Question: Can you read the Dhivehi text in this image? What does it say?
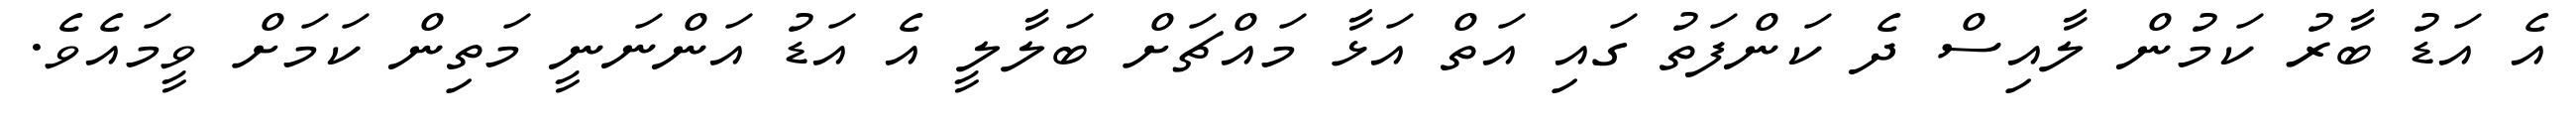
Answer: އެ އަޑު ބާރު ކަމުން ލާއިސް ދެ ކަންފަތު ގައި އަތް އަޅާ މައްޗަށް ބަލާލީ އެ އަޑު އަންނަނީ މަތިން ކަމަށް ވީމައެވެ.